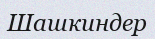
Шашкиндер